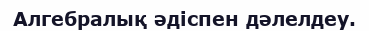
Алгебралық әдіспен дәлелдеу.